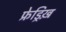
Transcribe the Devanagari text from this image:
फ्रेड्रिख़